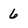
Character: 6